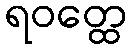
ရဝတ္ထေ